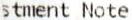
STMENT NOTE